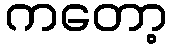
ကတော့